Jaan_Tonisson_(Lasteleht), lk 463
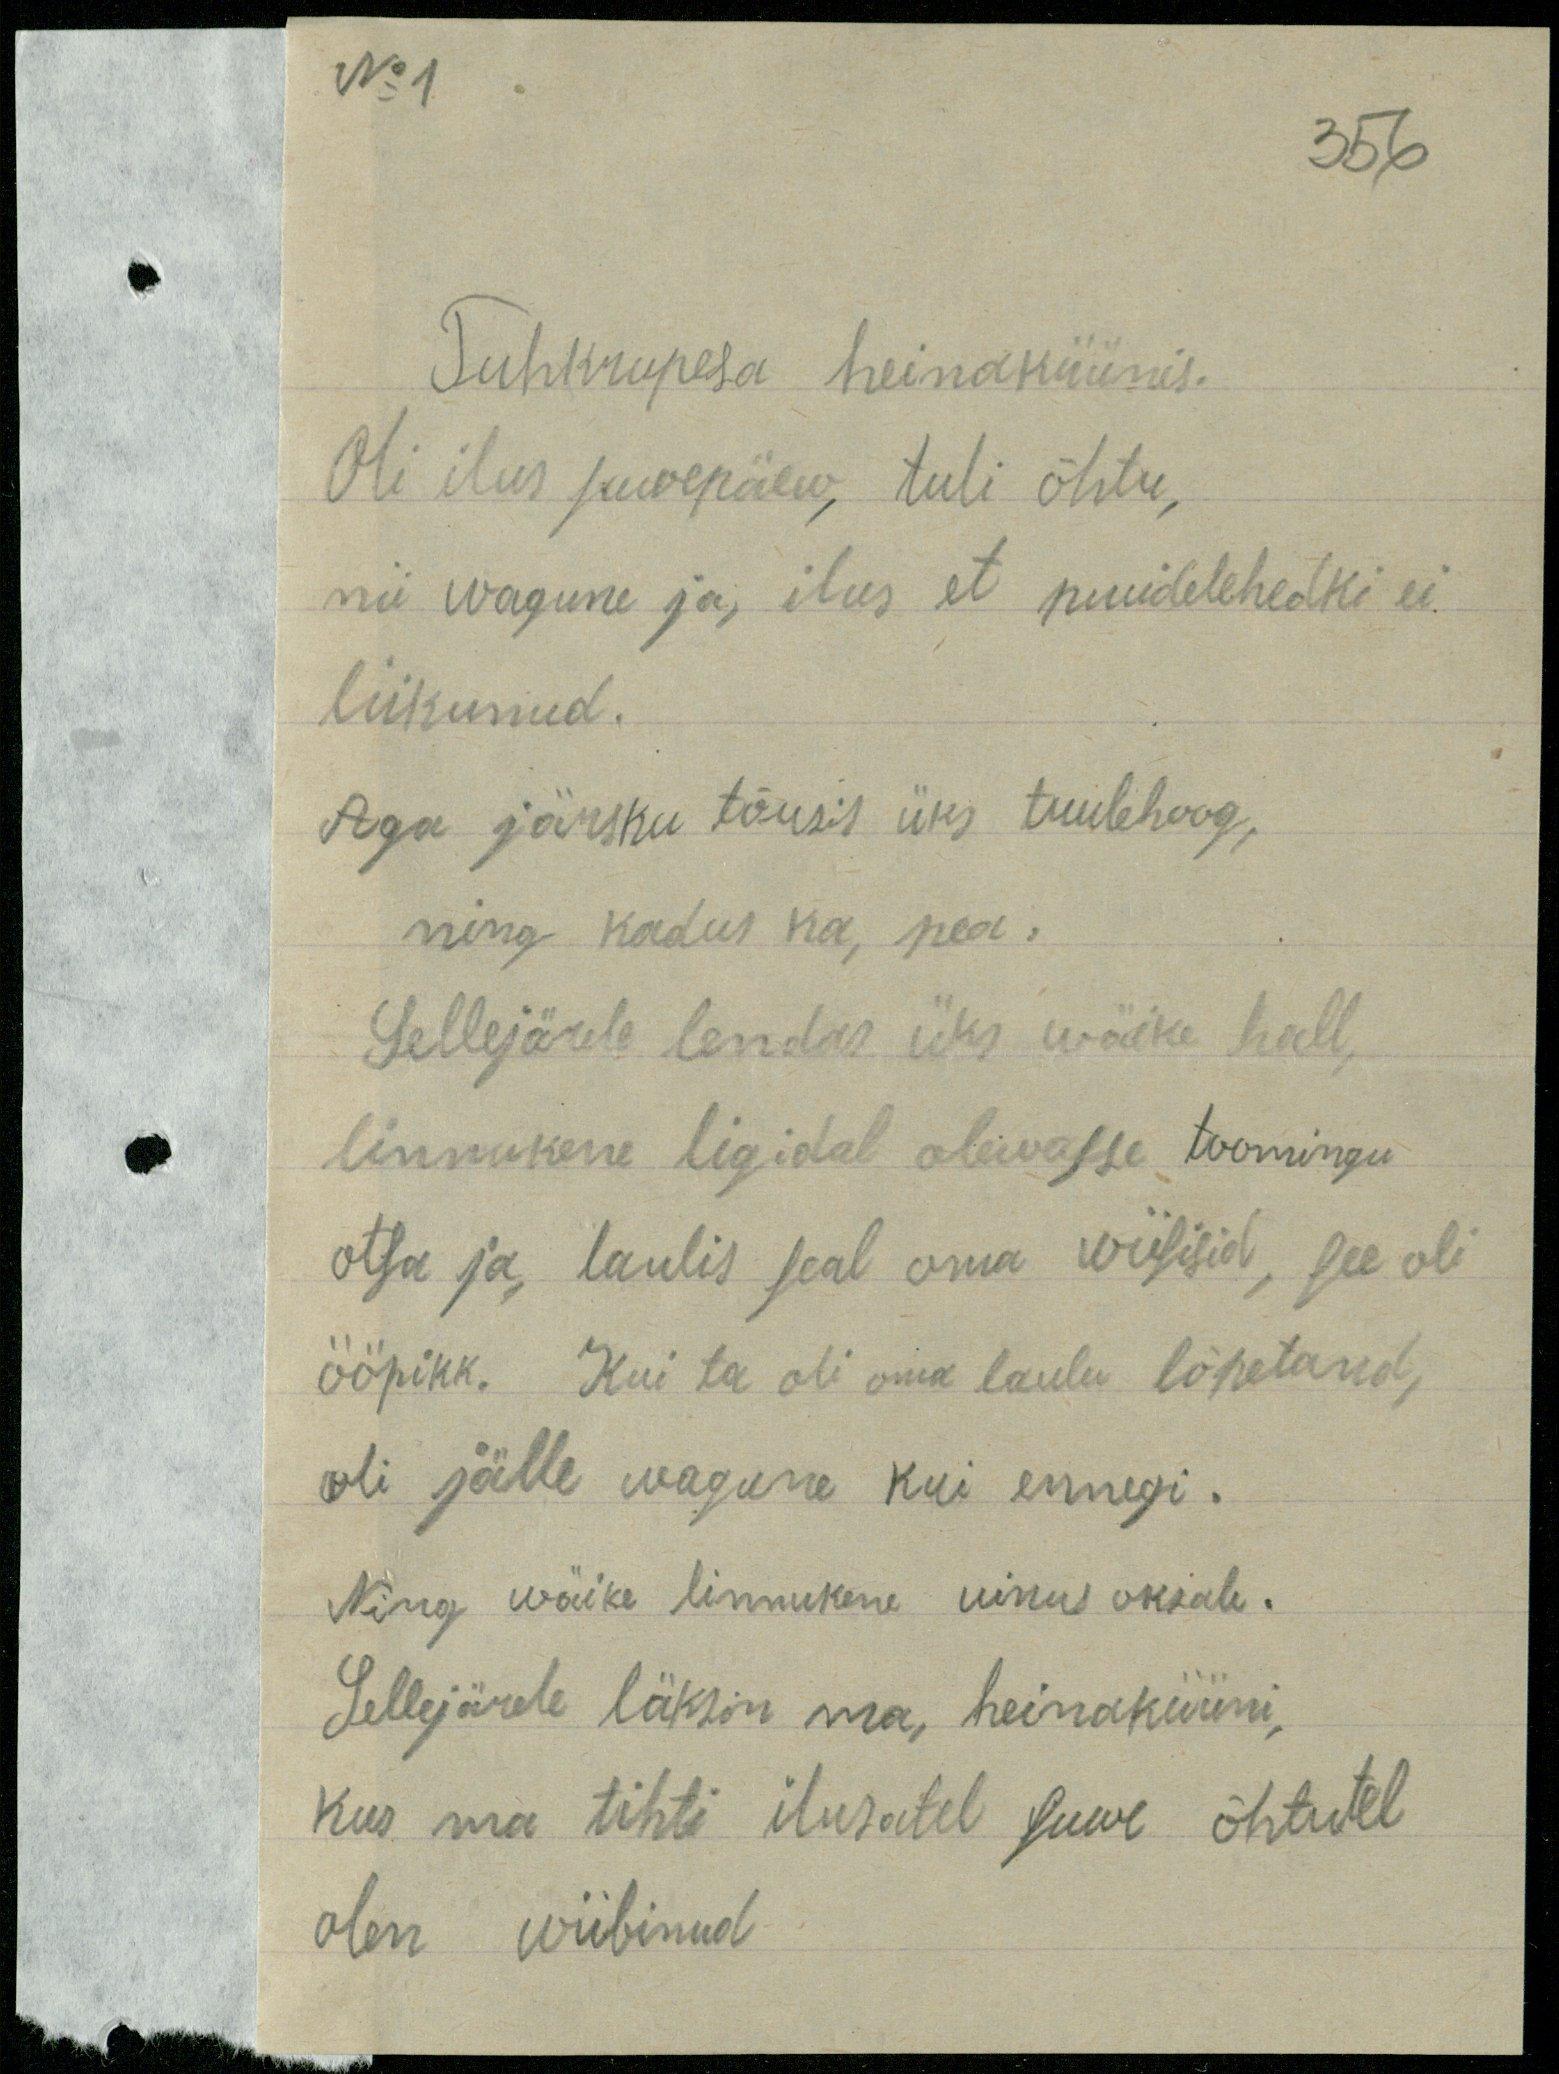
No 1
356
Tuhkupesa heinaküünis.
Oli ilus suvepäew, tuli õhtu,
nii wagune ja, ilus et puudelehedki ei
liikunud.
Aga järsku tõusis üks tuulehoog
ning kadus ka, pea;
Sellejärele lendas üks wäike hall,
linnukene ligidal olewasse toomingu
otsa ja laulis seal oma wiisisid, see oli
ööpikk. Kui ta oli oma laulu lõpetanud,
oli jälle wagune kui ennegi.
Ning wäike linnukene uinus oksale.
Sellejärele läksin ma, heinaküüni,
kus ma tihti ilusatel suwe õhtutel
olen wiibinud